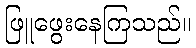
ဖြူဖွေးနေကြသည်။